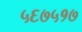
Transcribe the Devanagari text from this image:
५६७५१७